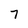
Character: 7